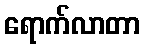
ရောက်လာတာ